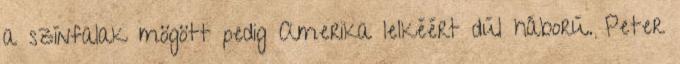
a színfalak mögött pedig Amerika lelkéért dúl háború. Peter